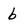
Character: b